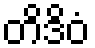
တိဒိဝံ